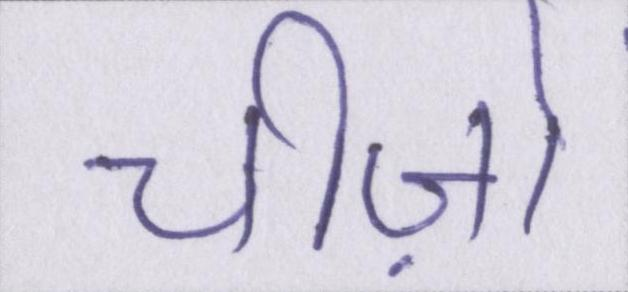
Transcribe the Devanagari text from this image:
चीज़ों